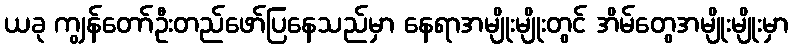
ယခု ကျွန်တော်ဦးတည်ဖော်ပြနေသည်မှာ နေရာအမျိုးမျိုးတွင် အိမ်တွေအမျိုးမျိုးမှာ